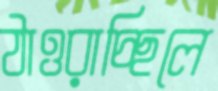
ঠাওরাচ্ছিলে